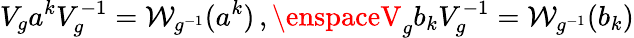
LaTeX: V_{g}a^{k}V_{g}^{-1}=\mathcal{W}_{g^{-1}}(a^{k})\, ,\enspaceV_{g}b_{k}V_{g}^{-1}=\mathcal{W}_{g^{-1}}(b_{k})